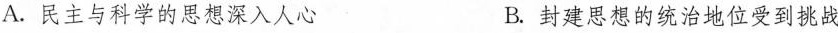
A.民主与科学的思想深入人心 B.封建思想的统治地位受到挑战